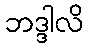
ဘဒ္ဒါလိ